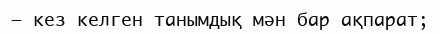
— кез келген танымдық мән бар ақпарат;